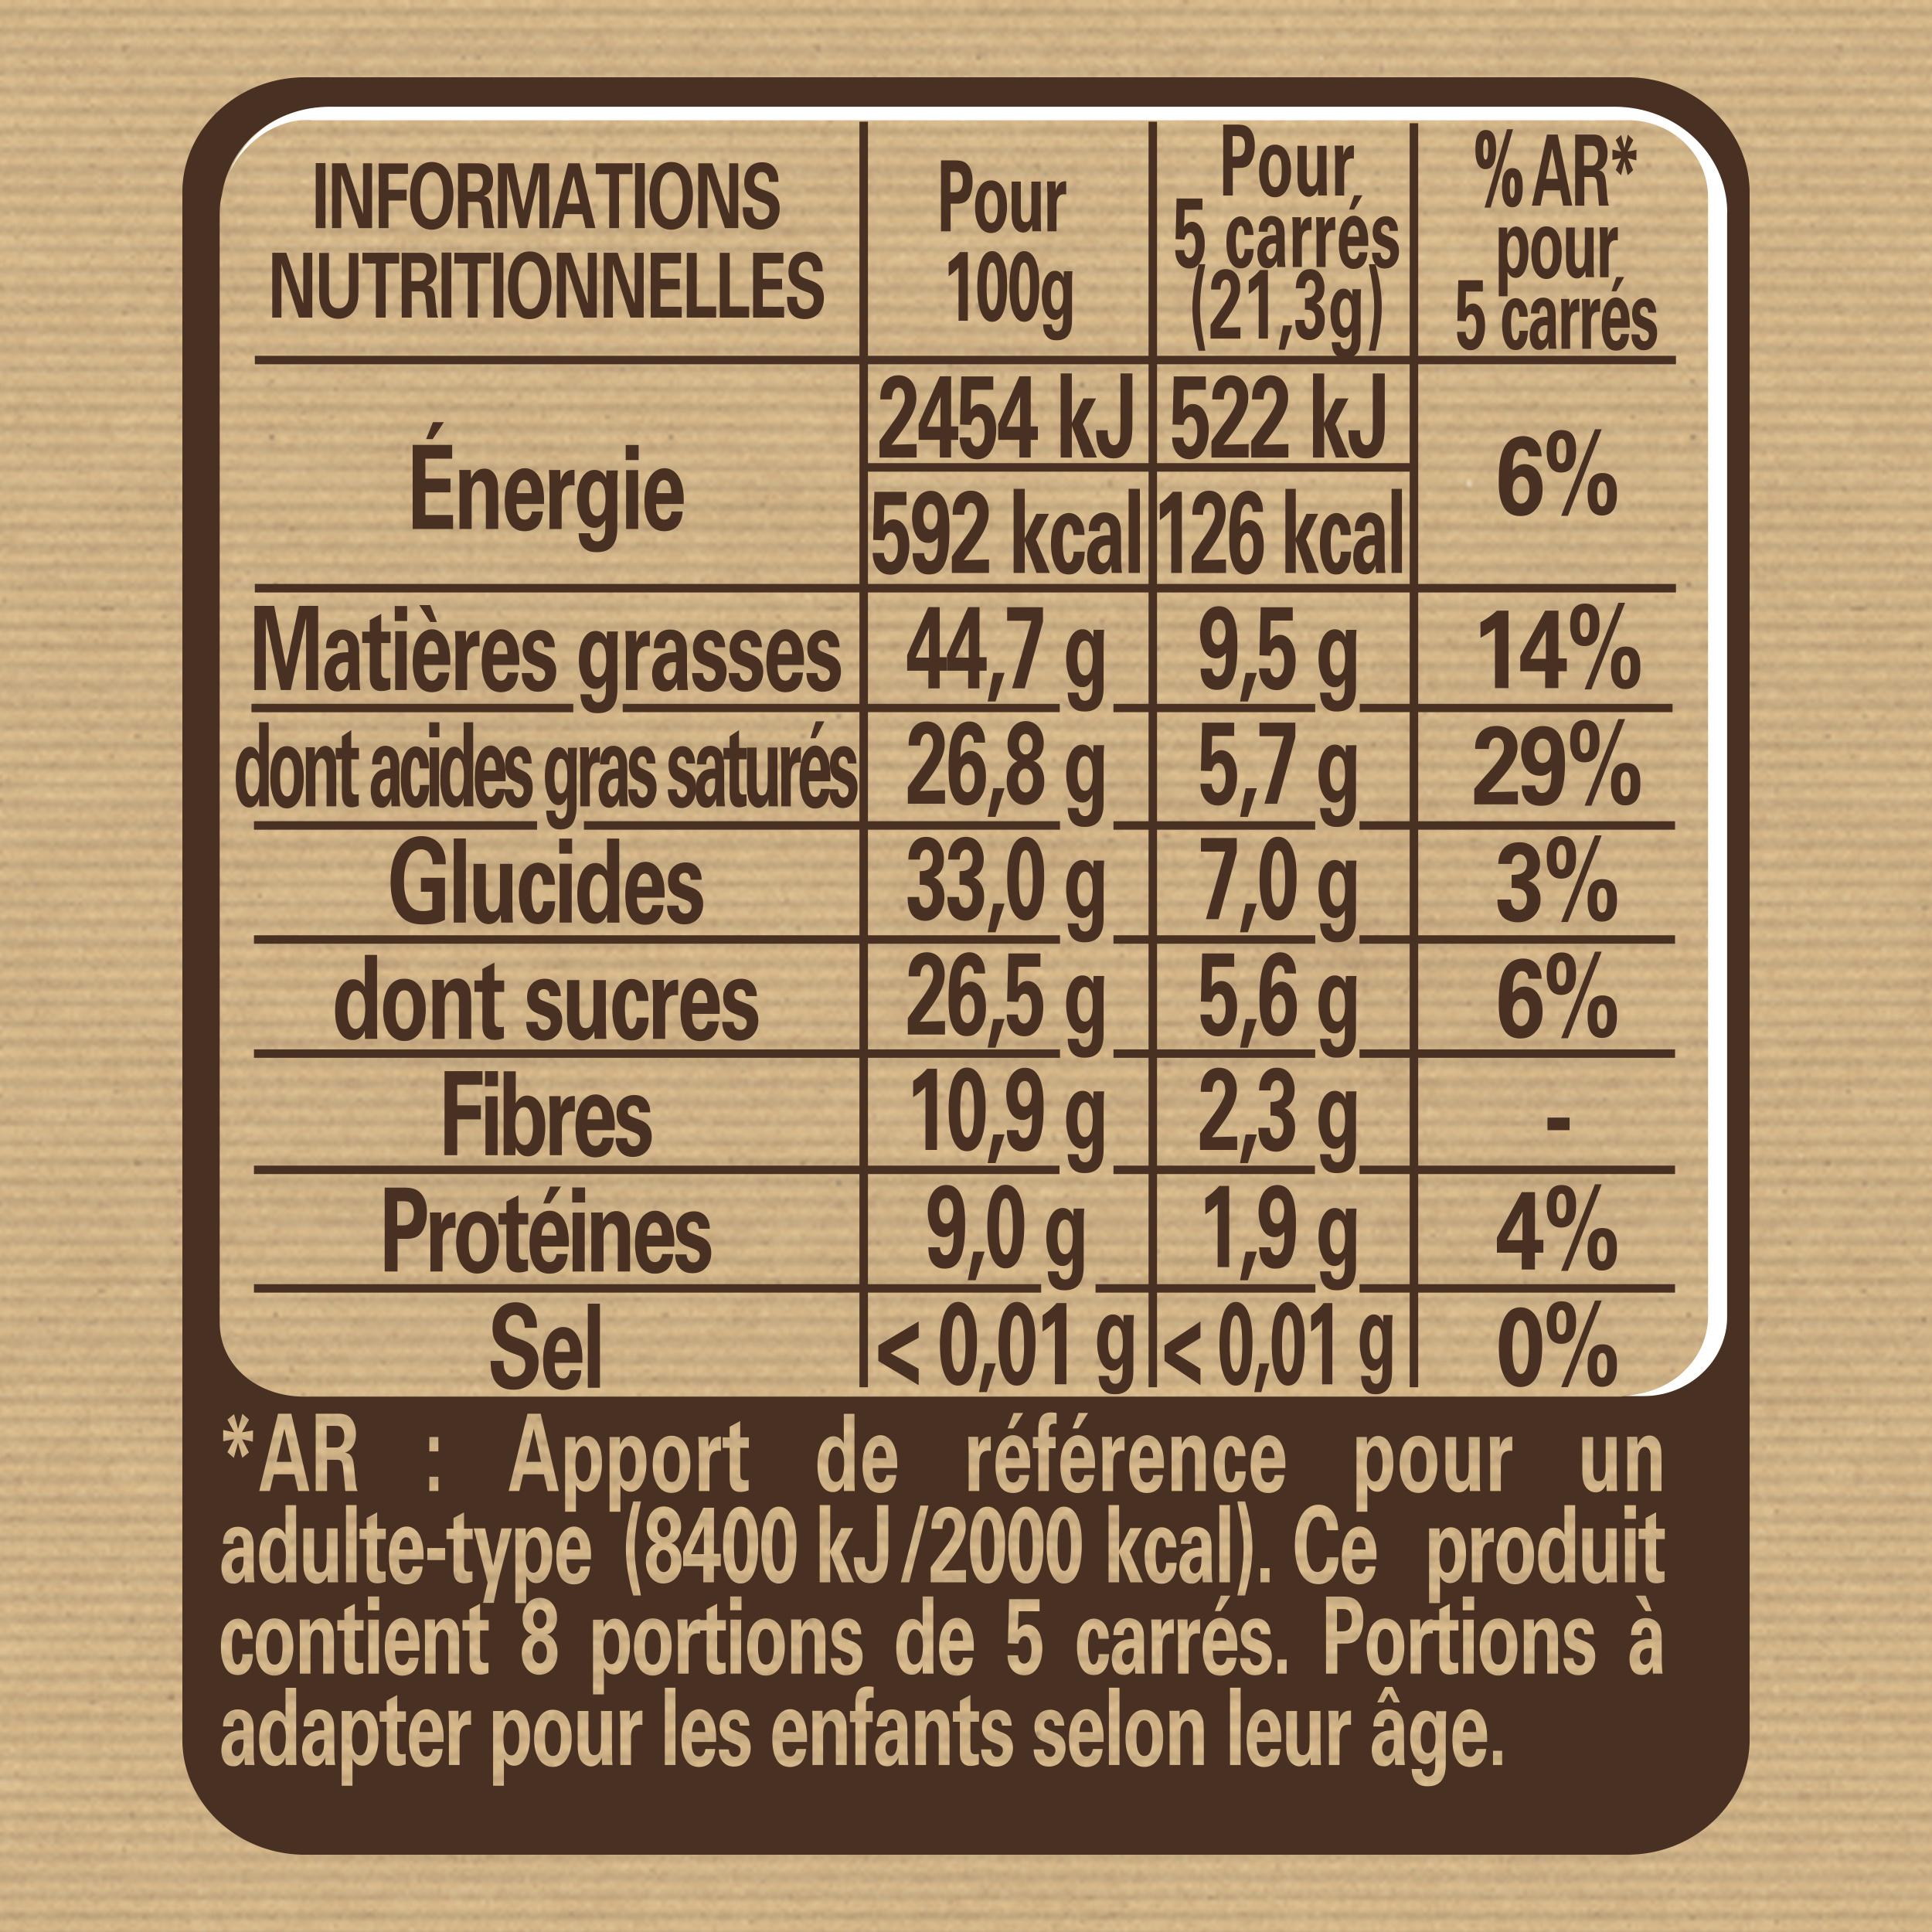
Pour, Pour 5 carrés 100g (21,3g)
dont sucres
Fibres
Protéines
Sel
INFORMATIONS NUTRITIONNELLES
2454 kJ 522 kJ
Énergie
592 kcal 126 kcal
Matières grasses 44,7 g
9,5 g
dont acides gras saturés 26,8 g Glucides
5,7 g
33,0 g
7,0 g
26,5 g
5,6 g
10,9 g
2,3 g
9,0 g
1,9 g
4%
<0,01 g <0,01 gl 0%
*AR : Apport de référence pour un adulte-type (8400 kJ/2000 kcal). Ce produit contient 8 portions de 5 carrés. Portions à adapter pour les enfants selon leur âge.
% AR* pour 5 carrés
6%
14%
29%
3%
6%